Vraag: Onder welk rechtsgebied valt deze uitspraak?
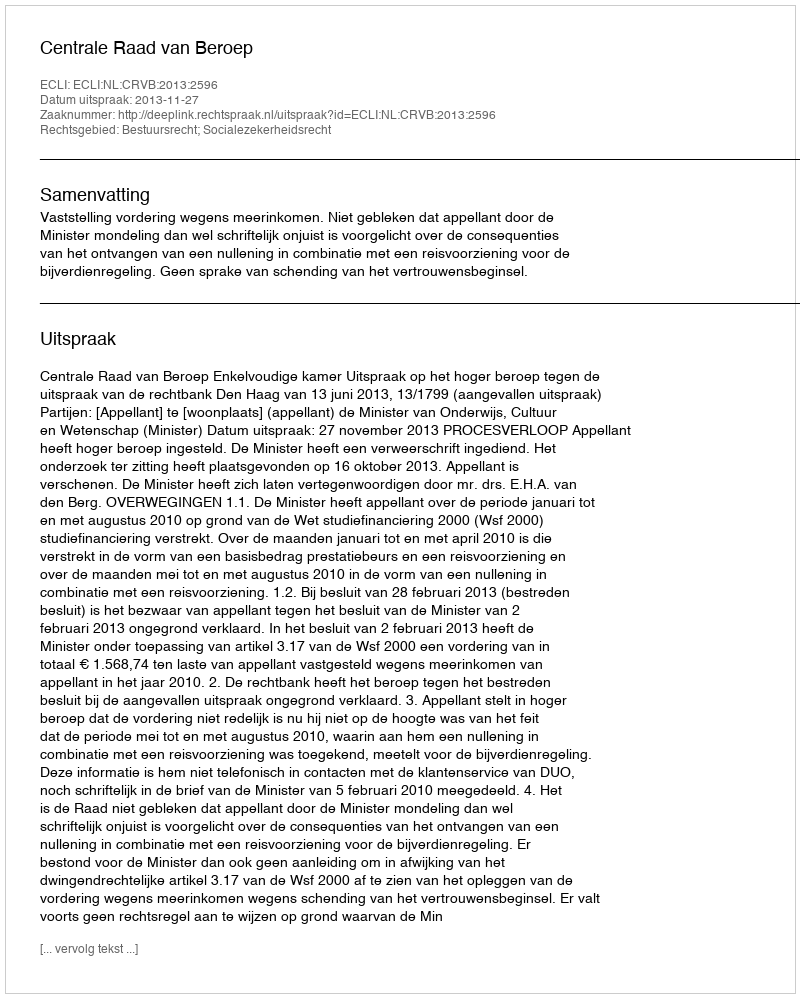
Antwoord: Bestuursrecht; Socialezekerheidsrecht